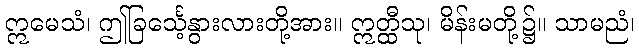
ဣမေသံ၊ ဤခြင်္သေ့နွားလားတို့အား။ ဣတ္ထီသု၊ မိန်းမတို့၌။ သာမညံ၊